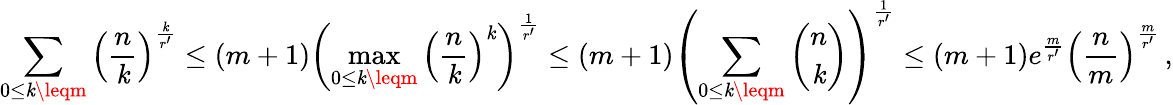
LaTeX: \sum_{0\leq\mathit{k}\leqm}\Big(\frac{{n}}{{\mathit{k}}}\Big)^{\frac{{\mathit{k}}}{{r^{\prime}}}}\leq(m+1)\left(\operatorname*{max}_{0\leq\mathit{k}\leqm}\Big(\frac{{n}}{{\mathit{k}}}\Big)^{\mathit{k}}\right)^{\frac{{1}}{{r^{\prime}}}}\leq(m+1)\left(\sum_{0\leq\mathit{k}\leqm}\binom{n}{\mathit{k}}\right)^{\frac{{1}}{{r^{\prime}}}}\leq(m+1)e^{\frac{{m}}{{r^{\prime}}}}\Big(\frac{{n}}{{m}}\Big)^{\frac{{m}}{{r^{\prime}}}}\, ,